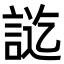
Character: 𮘔